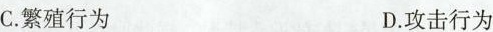
C. 繁殖行为 D. 攻击行为